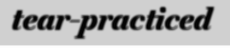
tear-practiced